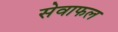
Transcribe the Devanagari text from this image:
सेवाफल